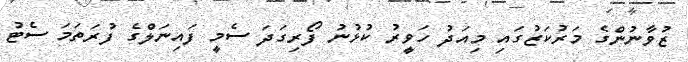
ޒުވާނުންގެ މަރުކަޒުގައި މިއަދު ހަވީރު ކުޅުނު ފޯރިގަދަ ސެމީ ފައިނަލްގެ ފުރަތަމަ ސެޓު